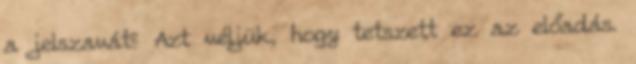
a jelszavát? Azt véljük, hogy tetszett ez az előadás.